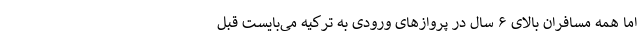
اما همه مسافران بالای ۶ سال در پروازهای ورودی به ترکیه می‌بایست قبل